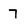
Character: 7